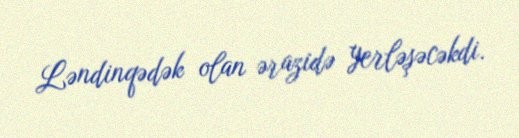
Ləndinqədək olan ərazidə yerləşəcəkdi.